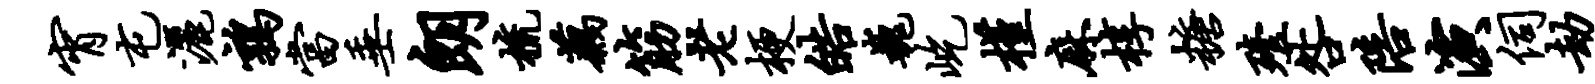
宵屯洒鹑当垂朗梳藕筋老梗皓巍屹槿麻椁糖殪咎陪演伺劫